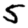
Digit: 5